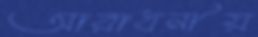
আরাধনীয়